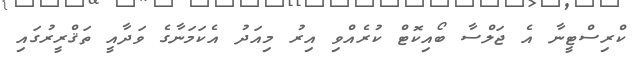
ކްރިސްޓީނާ އެ ޖަލްސާ ބޯއިކޮޓް ކުރެއްވި އިރު މިއަދު އެކަމަނާގެ ވަދާއީ ތަޤްރީރުގައި